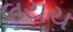
લયચ